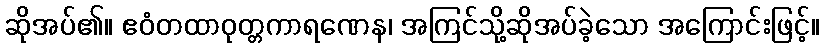
ဆိုအပ်၏။ ဧဝံတထာဝုတ္တကာရဏေန၊ အကြင်သို့ဆိုအပ်ခဲ့သော အကြောင်းဖြင့်။